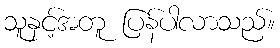
သူနှင့်အတူ ပြန်ပါလာသည်။